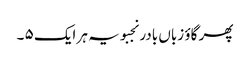
پھر گاؤ زباں بادر نجبویہ ہر ایک ۵ ۔